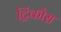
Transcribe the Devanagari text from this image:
ट्रिंकौस